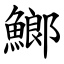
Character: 䱶